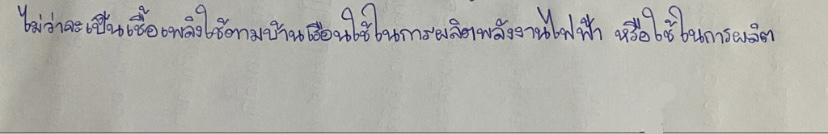
ไม่ว่าจะเป็นเชื้อเพลิงใช้ตามบ้านเรือนใช้ในการผลิตพลังงานไฟฟ้าหรือใช้ในการผลิต